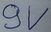
Text: 9V